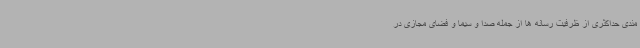
مندی حداکثری از ظرفیت رسانه ها از جمله صدا و سیما و فضای مجازی در